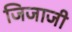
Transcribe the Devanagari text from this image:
जिजाजी